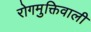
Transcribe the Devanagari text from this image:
रोगमुक्तिवाली